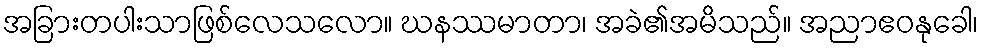
အခြားတပါးသာဖြစ်လေသလော။ ဃနဿမာတာ၊ အခဲ၏အမိသည်။ အညာဧဝနုခေါ၊